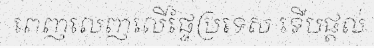
ពេញលេញលើផ្ទៃប្រទេស ទើបផ្តល់